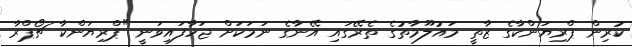
ކުރިން ޕްރިޔަންކާގެ ޒާތީ މައުލޫމާތުގެ ތެރޭގައި އޭނާގެ ނަމަކަށް ޖަހާފައިވަނީ "ޕްރިޔަންކާ ޗޯޕްރާ